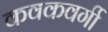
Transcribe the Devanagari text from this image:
कवकवर्गी